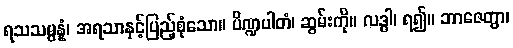
ရသသမ္ပန္နံ၊ အရသာနှင့်ပြည့်စုံသော။ ပိဏ္ဍပါတံ၊ ဆွမ်းကို။ လဒ္ဓါ၊ ရ၍။ ဘာဇေတွာ၊